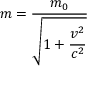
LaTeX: m = { \frac { m _ { 0 } } { \sqrt { 1 + \displaystyle { \frac { v ^ { 2 } } { c ^ { 2 } } } } } }